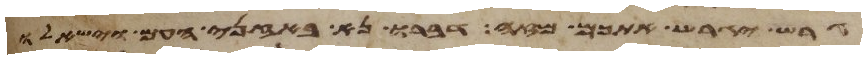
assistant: גרש יגרש אתכם מזה דברו נא באזני העם וישאלו